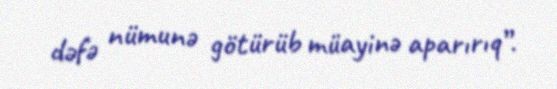
dəfə nümunə götürüb müayinə aparırıq”.